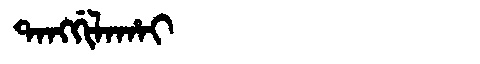
Manchu: ᡨᠠᠩᡤᡳᠯᠠᡥᠠᡳ
Romanization: TANGGILAHAI